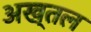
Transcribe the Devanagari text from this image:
अख्तल